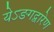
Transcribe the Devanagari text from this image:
येऽङगद्वारेण